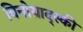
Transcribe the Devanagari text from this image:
विनोग्राद्स्की